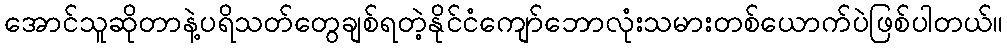
အောင်သူဆိုတာနဲ့ပရိသတ်တွေချစ်ရတဲ့နိုင်ငံကျော်ဘောလုံးသမားတစ်ယောက်ပဲဖြစ်ပါတယ်။